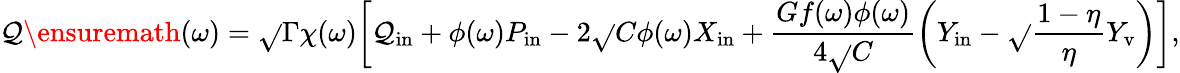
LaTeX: \mathcal{Q}\ensuremath{{\left(\omega\right)}}=\sqrt{}{{\Gamma}}\chi(\omega)\bigg[\mathcal{Q}_{\mathrm{{in}}}+\phi(\omega)P_{\mathrm{{in}}}-2\sqrt{}{{C}}\phi(\omega)X_{\mathrm{{in}}}+\frac{{Gf(\omega)\phi(\omega)}}{{4\sqrt{}{{C}}}}\left(Y_{\mathrm{{in}}}-\sqrt{}{{\frac{{1-\eta}}{{\eta}}}}Y_{\mathrm{{v}}}\right)\bigg],